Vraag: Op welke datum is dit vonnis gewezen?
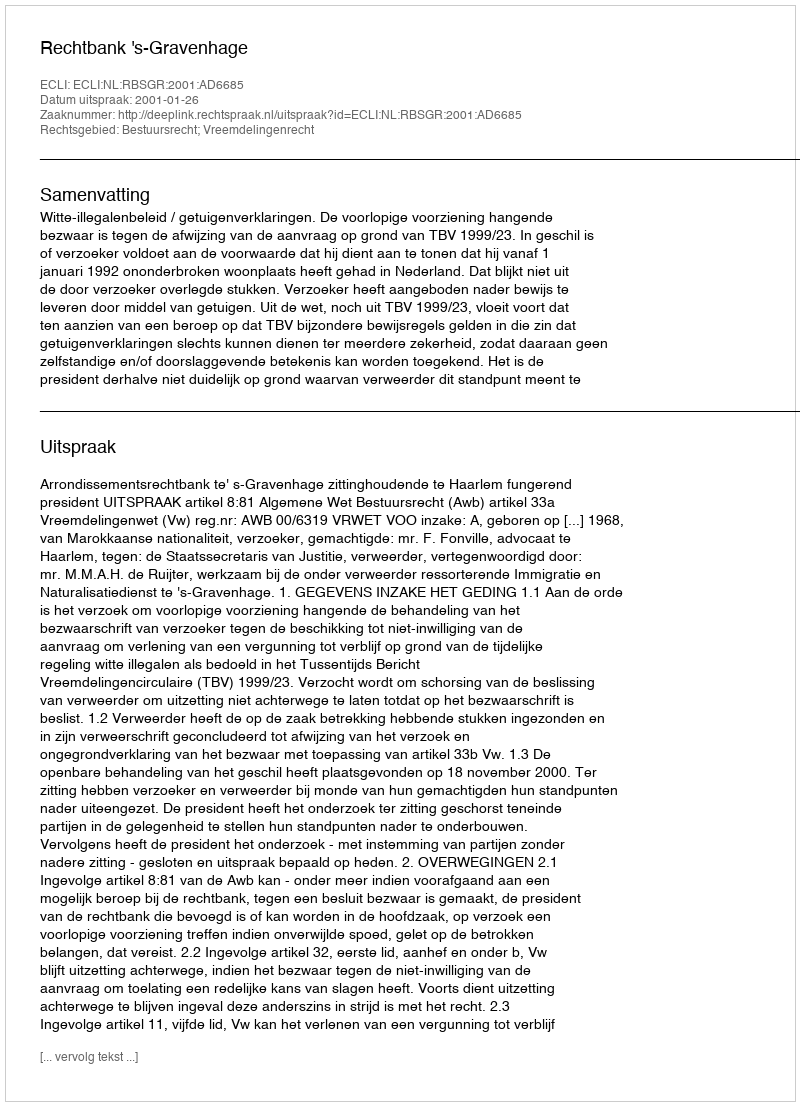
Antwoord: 2001-01-26